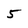
Character: 5